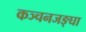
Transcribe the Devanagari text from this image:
कञ्चनजङ्घा